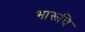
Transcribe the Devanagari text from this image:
भारूचि